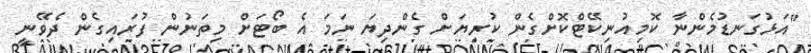
"އަޅުގަނޑުމެންނާ ކޮމިއުނިކޭޓްކޮށްގެން ކުރިޔަށް ގެންދިޔަ ނަމަ އެ ބޯޓަށް މިތަނުން ފުރައިގެން ދެވޭނީ